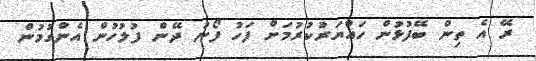
ރޭ އެ ތިން ބޭފުޅުން ހައްޔަރުކުރުމަށް ފަހު ފޯނު ދޭން ފުލުހުން އެންގުމުން